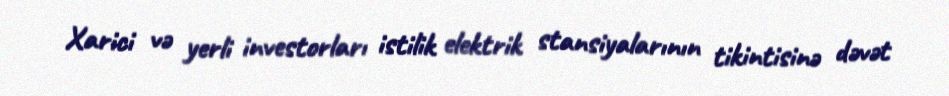
Xarici və yerli investorları istilik elektrik stansiyalarının tikintisinə dəvət